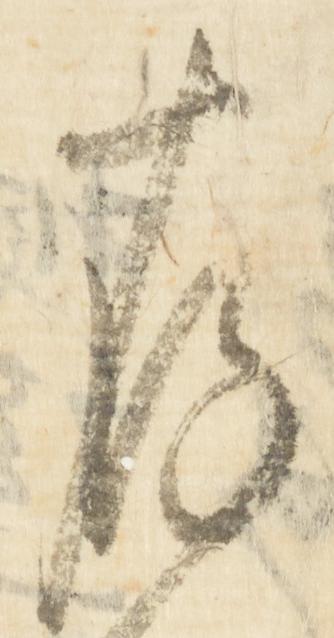
存